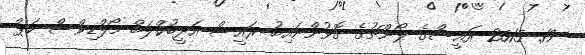
19